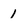
Character: 1